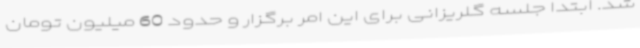
شد. ابتدا جلسه گلریزانی برای این امر برگزار و حدود 60 میلیون تومان